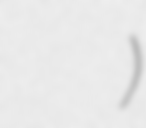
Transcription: कुल प्रसाद केसी)